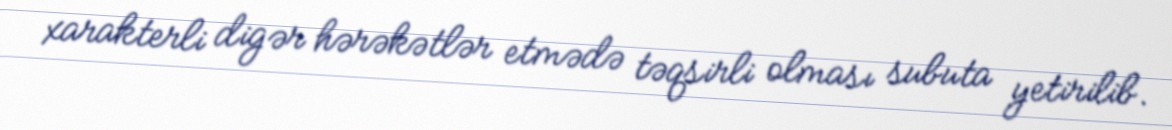
xarakterli digər hərəkətlər etmədə təqsirli olması subuta yetirilib.